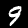
Digit: 9